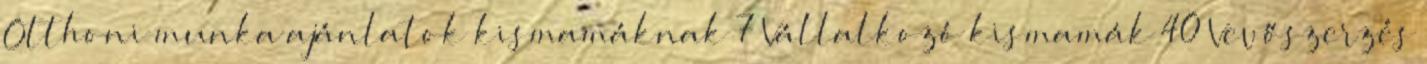
Otthoni munka ajánlatok kismamáknak 7 Vállalkozó kismamák 40 Vevőszerzés